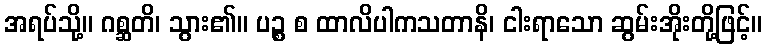
အရပ်သို့။ ဂစ္ဆတိ၊ သွား၏။ ပဉ္စ စ ထာလိပါကသတာနိ၊ ငါးရာသော ဆွမ်းအိုးတို့ဖြင့်။